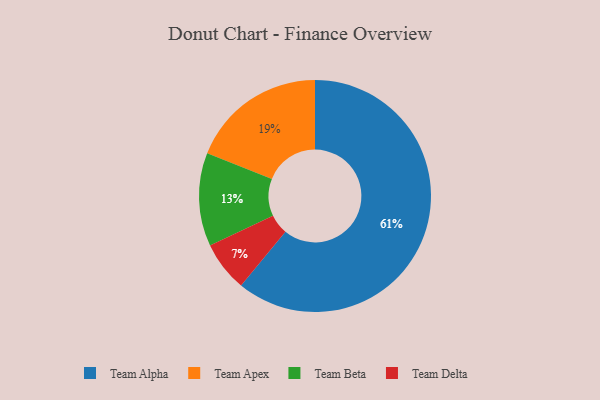
{"axis": {"x": "Category", "y": "Percentage"}, "legend": ["Team Alpha", "Team Apex", "Team Beta", "Team Delta"], "data": [{"x": "Team Alpha", "y": 61, "type": "Team Alpha"}, {"x": "Team Apex", "y": 19, "type": "Team Apex"}, {"x": "Team Beta", "y": 13, "type": "Team Beta"}, {"x": "Team Delta", "y": 7, "type": "Team Delta"}]}